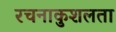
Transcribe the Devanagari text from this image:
रचनाकुशलता